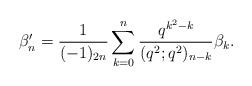
\begin{align*} \beta_n' = \frac{1}{(-1)_{2n}}\sum_{k=0}^n\frac{q^{k^2-k}}{(q^2;q^2)_{n-k}}\beta_k.\end{align*}